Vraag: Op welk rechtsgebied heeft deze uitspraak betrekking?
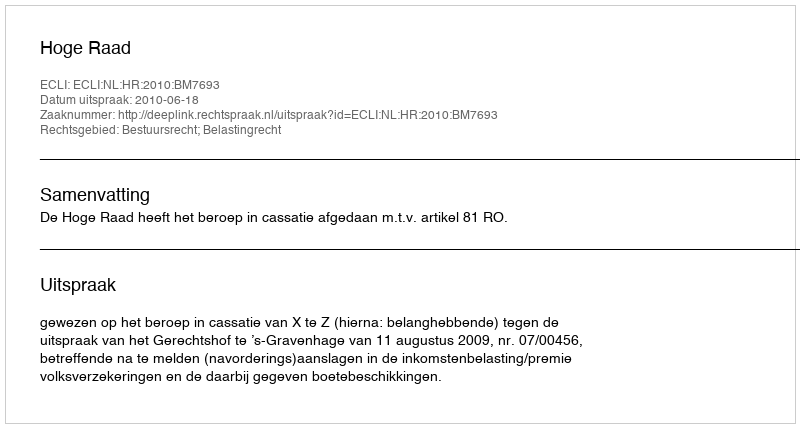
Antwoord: Bestuursrecht; Belastingrecht